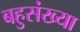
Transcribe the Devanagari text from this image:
बहुसंख्‍या